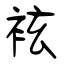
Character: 袨